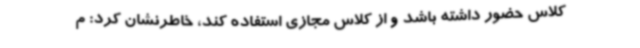
کلاس حضور داشته باشد و از کلاس مجازی استفاده کند، خاطرنشان کرد: م